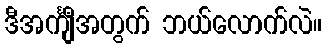
ဒီအင်္ကျီအတွက် ဘယ်လောက်လဲ။